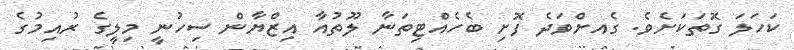
ކަހަލަ ގޮތަކަށެވެ. ގެއށްވަދެ ފޮށި ބެހެއްޓިތަނާ ލޫތުއާ އިޒްޔާން ސިހުނީ މިލީގެ ރުއިމުގެ